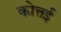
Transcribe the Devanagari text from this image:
कोत्तई